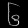
Digit: ၆